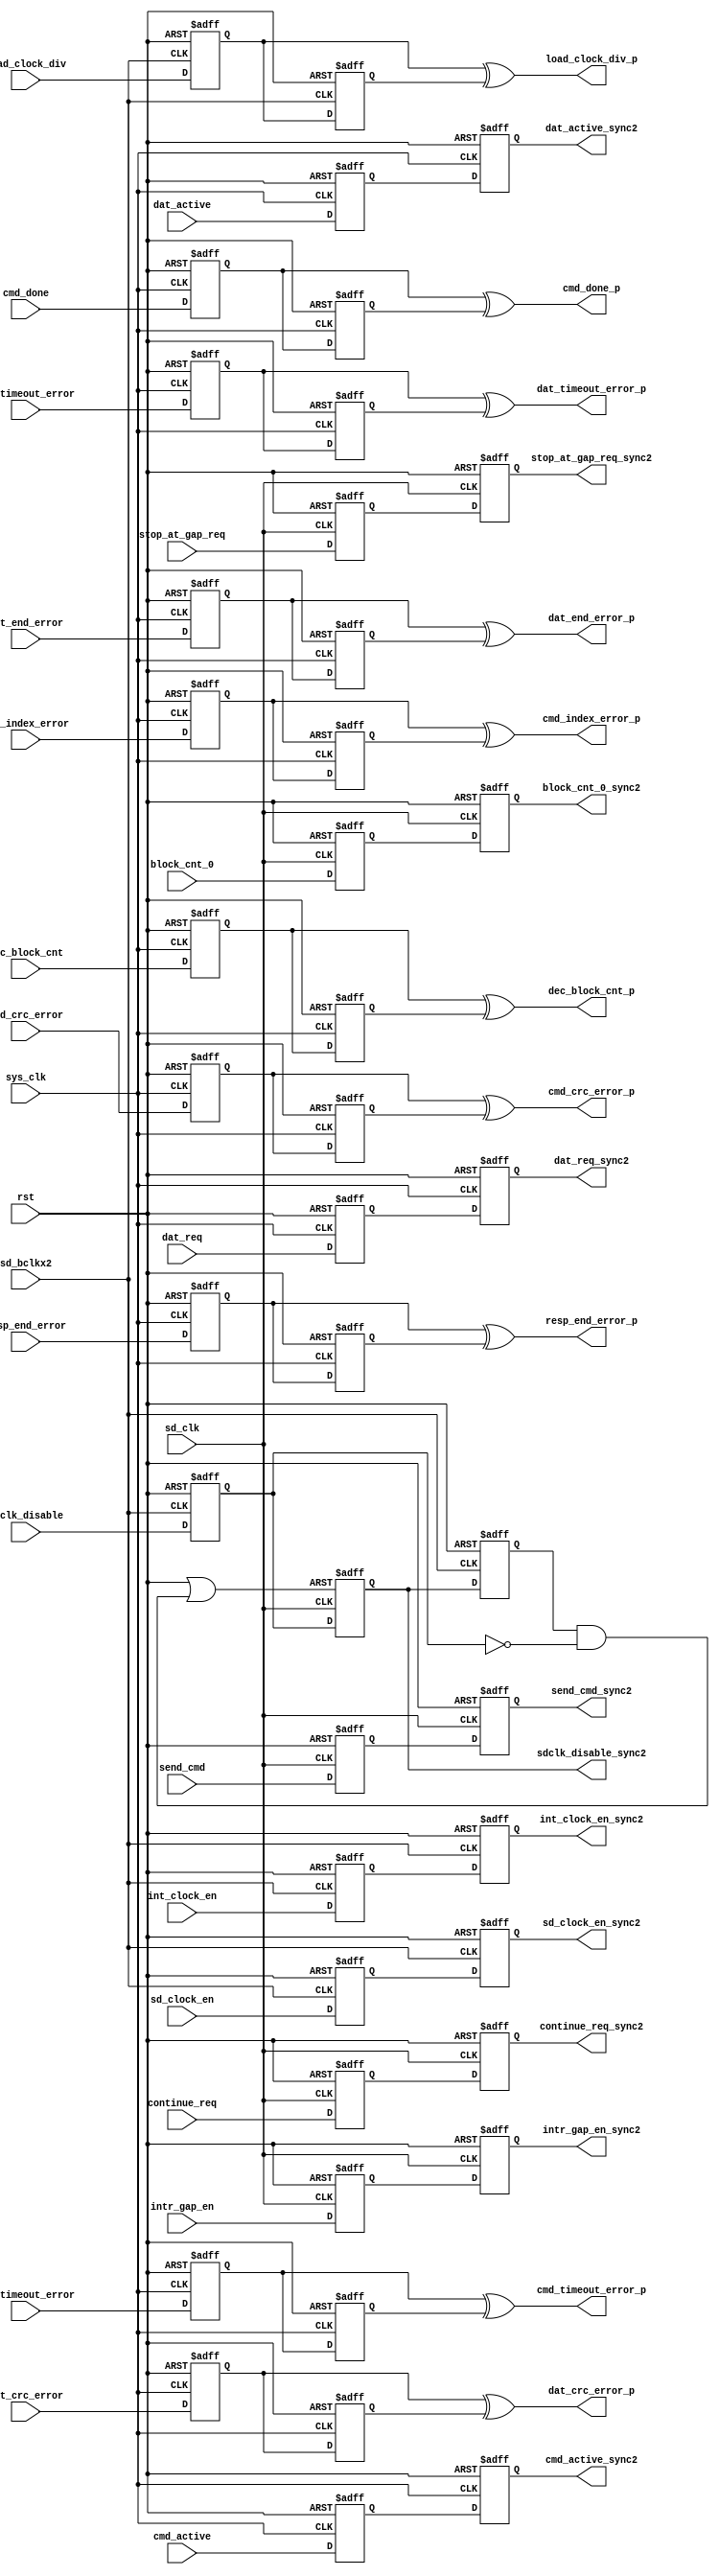
///////////////////////////////////////////////////////////////////////////////
//
//
// Copyright (C) 2007, Licensed customers of QuickLogic may copy or modify
// this file for use in designing QuickLogic devices only.
//
// Module Name:  e_sync
// 
// Version 1.0   April  1, 2006  -Original
// Version 1.1   Feb.   7, 2007  -Added 16 bit support
// Version 1.2   May.   14,2007  -Fixed cmd to cmd delay
//                               -SDIO power on switch clock line level
//                               -Used latched signal for datline0
//                               -Optimized to use fifo controllers
//                               -Modified to use one RAMBLOCK instead of two
//
///////////////////////////////////////////////////////////////////////////////
`timescale 1ns/1ns

module e_sync(
										rst                    	,
										sys_clk                	,
										sd_clk                 	,
										sd_bclkx2              	,
										send_cmd               	,
										cmd_active             	,
										cmd_done	             	,
										cmd_timeout_error      	,				
										cmd_crc_error          	,		
										resp_end_error         	,
										cmd_index_error        	,
										intr_gap_en             ,
										continue_req            ,
										stop_at_gap_req         ,
                              block_cnt_0             ,
										dat_active             	,
										dat_req                 ,
										dec_block_cnt           ,
										dat_timeout_error      	,
										dat_crc_error          	,
										dat_end_error          	,
										sd_clock_en            	,
										int_clock_en           	,
										load_clock_div         	,
                              sdclk_disable           ,
										send_cmd_sync2         	,
										cmd_active_sync2				,
										cmd_done_p	       	,
										cmd_timeout_error_p	,
										cmd_crc_error_p    	,		
										resp_end_error_p   	,		
										cmd_index_error_p  	,
										intr_gap_en_sync2             ,
										continue_req_sync2            ,
										stop_at_gap_req_sync2         ,
                              block_cnt_0_sync2       ,
										dat_active_sync2       	,
										dec_block_cnt_p			,
										dat_req_sync2           ,
										dat_timeout_error_p	, 
										dat_crc_error_p    	,
										dat_end_error_p    	,
										sd_clock_en_sync2      	,
										int_clock_en_sync2     	,
										load_clock_div_p      ,
                              sdclk_disable_sync2
									);

   input                  rst                     ;       
   input                  sys_clk                 ;       
   input                  sd_clk                  ;       
   input                  sd_bclkx2               ;       
   input                  send_cmd                ;       
   input                  cmd_active              ;       
   input                  cmd_done                ;       
   input                  cmd_timeout_error       ;       
   input                  cmd_crc_error           ;       
   input                  resp_end_error          ;       
   input                  cmd_index_error         ;       
   input                  intr_gap_en             ;
   input                  continue_req            ;
   input                  stop_at_gap_req         ;
   input                  block_cnt_0             ;       
   input                  dat_active              ;  
   input                  dat_req                 ;     
   input                  dec_block_cnt           ;
   input                  dat_timeout_error       ;       
   input                  dat_crc_error           ;       
   input                  dat_end_error           ;       
   input                  sd_clock_en             ;       
   input                  int_clock_en            ;       
   input                  load_clock_div          ;       
   input                  sdclk_disable           ;
   output                 send_cmd_sync2          ; //sys_clk -> sd_clk      
   output                 cmd_active_sync2        ; //sd_clk -> sys_clk   
   output                 cmd_done_p              ; //sd_clk -> sys_clk         
   output                 cmd_timeout_error_p  ;    //sd_clk -> sys_clk      
   output                 cmd_crc_error_p      ;    //sd_clk -> sys_clk      
   output                 resp_end_error_p     ;    //sd_clk -> sys_clk      
   output                 cmd_index_error_p    ;    //sd_clk -> sys_clk      
   output                 intr_gap_en_sync2          ; //sys_clk -> sd_clk
   output                 continue_req_sync2         ; //sys_clk -> sd_clk
   output                 stop_at_gap_req_sync2      ; //sys_clk -> sd_clk
   output                 block_cnt_0_sync2          ; //sys_clk -> sd_clk      
   output                 dat_active_sync2        ; //sd_clk -> sys_clk      
   output                 dec_block_cnt_p         ; //sd_clk -> sys_clk      
   output                 dat_req_sync2           ; //sd_clk -> sys_clk
   output                 dat_timeout_error_p  ;    //sd_clk -> sys_clk      
   output                 dat_crc_error_p      ;    //sd_clk -> sys_clk      
   output                 dat_end_error_p      ;    //sd_clk -> sys_clk      
   output                 sd_clock_en_sync2       ; //sys_clk -> sd_bclkx2
   output                 int_clock_en_sync2      ; //sys_clk -> sd_bclkx2      
   output                 load_clock_div_p     ;    //sys_clk -> sd_bclkx2 
   output                 sdclk_disable_sync2  ;    //sd_clk -> sd_bclkx2

   reg                 send_cmd_sync2          ;       
   reg                 cmd_active_sync2           ;    
   reg                 cmd_done_sync2           ;          
   reg                 cmd_timeout_error_sync2  ;          
   reg                 cmd_crc_error_sync2      ;          
   reg                 resp_end_error_sync2     ;          
   reg                 cmd_index_error_sync2    ;          
   reg                 intr_gap_en_sync2           ;
   reg                 continue_req_sync2          ;
   reg                 stop_at_gap_req_sync2       ;
   reg                 block_cnt_0_sync2          ;       
   reg                 dat_active_sync2        ;       
   reg                 dat_req_sync2           ;
   reg                 dec_block_cnt_sync2     ;
   reg                 dat_timeout_error_sync2  ;          
   reg                 dat_crc_error_sync2      ;          
   reg                 dat_end_error_sync2      ;          
   reg                 sd_clock_en_sync2       ;       
   reg                 int_clock_en_sync2      ;       
   reg                 load_clock_div_sync2    ;  
   reg                 sdclk_disable_sync2  ;
   reg                 sdclk_disable_synca  ;
	
   reg                 send_cmd_sync1          ;       
   reg                 cmd_active_sync1           ;    
   reg                 cmd_done_sync1           ;          
   reg                 cmd_timeout_error_sync1  ;          
   reg                 cmd_crc_error_sync1      ;          
   reg                 resp_end_error_sync1     ;          
   reg                 cmd_index_error_sync1    ;          
   reg                 intr_gap_en_sync1           ;
   reg                 continue_req_sync1          ;
   reg                 stop_at_gap_req_sync1       ;
   reg                 block_cnt_0_sync1          ;       
   reg                 dat_active_sync1        ;       
   reg                 dat_req_sync1           ;
   reg                 dec_block_cnt_sync1     ;
   reg                 dat_timeout_error_sync1  ;          
   reg                 dat_crc_error_sync1      ;          
   reg                 dat_end_error_sync1      ;          
   reg                 sd_clock_en_sync1       ;       
   reg                 int_clock_en_sync1      ;       
   reg                 load_clock_div_sync1    ;            
   reg                 sdclk_disable_sync1  ;
   wire				   rst_disable ;	
	
	assign	cmd_timeout_error_p	= cmd_timeout_error_sync1 ^ cmd_timeout_error_sync2;
	assign	cmd_done_p					= cmd_done_sync1 ^ cmd_done_sync2;
	assign	cmd_index_error_p		= cmd_index_error_sync1 ^ cmd_index_error_sync2;
	assign	cmd_crc_error_p			= cmd_crc_error_sync1 ^ cmd_crc_error_sync2;
	assign	dat_timeout_error_p	= dat_timeout_error_sync1 ^ dat_timeout_error_sync2;
	assign	dat_crc_error_p			= dat_crc_error_sync1 ^ dat_crc_error_sync2;
	assign	dat_end_error_p			= dat_end_error_sync1 ^ dat_end_error_sync2;
	assign	resp_end_error_p		= resp_end_error_sync1 ^ resp_end_error_sync2;
    assign  load_clock_div_p    =  load_clock_div_sync1 ^ load_clock_div_sync2;
    assign  dec_block_cnt_p    =  dec_block_cnt_sync1 ^ dec_block_cnt_sync2;
	assign  rst_disable = rst | (sdclk_disable_synca & ~sdclk_disable_sync1);
	
	always@( posedge rst or posedge sys_clk )
	begin
      if(rst)
      begin
			cmd_active_sync1            <= 1'b0;
         cmd_done_sync1              <= 1'b0;
         cmd_timeout_error_sync1     <= 1'b0;
         cmd_crc_error_sync1         <= 1'b0;
         resp_end_error_sync1        <= 1'b0;
         cmd_index_error_sync1       <= 1'b0;
         dat_active_sync1            <= 1'b0;
		 dat_req_sync1               <= 1'b0;
		 dec_block_cnt_sync1         <= 1'b0;
         dat_timeout_error_sync1     <= 1'b0;
         dat_crc_error_sync1         <= 1'b0;
         dat_end_error_sync1         <= 1'b0;
         cmd_active_sync2            <= 1'b0;
         cmd_done_sync2              <= 1'b0;
         cmd_timeout_error_sync2     <= 1'b0;
         cmd_crc_error_sync2         <= 1'b0;
         resp_end_error_sync2        <= 1'b0;
         cmd_index_error_sync2       <= 1'b0;
         dat_active_sync2            <= 1'b0;
		 dat_req_sync2               <= 1'b0;
		 dec_block_cnt_sync2         <= 1'b0;
         dat_timeout_error_sync2     <= 1'b0;
         dat_crc_error_sync2         <= 1'b0;
         dat_end_error_sync2         <= 1'b0;
      end
      else
      begin
			cmd_active_sync1            <= cmd_active             ;
			cmd_done_sync1            	 <= cmd_done              ;
			cmd_timeout_error_sync1     <= cmd_timeout_error      ;
			cmd_crc_error_sync1         <= cmd_crc_error          ;
			resp_end_error_sync1        <= resp_end_error         ;
			cmd_index_error_sync1       <= cmd_index_error        ;
			dat_active_sync1            <= dat_active             ;
			dat_req_sync1               <= dat_req                ;
		    dec_block_cnt_sync1         <= dec_block_cnt          ;
			dat_timeout_error_sync1     <= dat_timeout_error      ;
			dat_crc_error_sync1         <= dat_crc_error          ;
			dat_end_error_sync1         <= dat_end_error          ;
			cmd_active_sync2            <= cmd_active_sync1       ;
			cmd_done_sync2            	 <= cmd_done_sync1        ;
			cmd_timeout_error_sync2     <= cmd_timeout_error_sync1;
			cmd_crc_error_sync2         <= cmd_crc_error_sync1    ;
			resp_end_error_sync2        <= resp_end_error_sync1   ;
			cmd_index_error_sync2       <= cmd_index_error_sync1  ;
			dat_active_sync2            <= dat_active_sync1       ;
			dat_req_sync2               <= dat_req_sync1          ;
		    dec_block_cnt_sync2         <= dec_block_cnt_sync1    ;
			dat_timeout_error_sync2     <= dat_timeout_error_sync1;
			dat_crc_error_sync2         <= dat_crc_error_sync1    ;
			dat_end_error_sync2         <= dat_end_error_sync1    ;
      end
	end

	always@( posedge rst or posedge sd_clk )
	begin
      if(rst)
      begin
         send_cmd_sync1       <= 1'b0;
		 intr_gap_en_sync1    <= 1'b0;
		 continue_req_sync1   <= 1'b0;
		 stop_at_gap_req_sync1 <= 1'b0;
         block_cnt_0_sync1    <= 1'b0;
         send_cmd_sync2       <= 1'b0;
		 intr_gap_en_sync2    <= 1'b0;
		 continue_req_sync2   <= 1'b0;
		 stop_at_gap_req_sync2 <= 1'b0;
         block_cnt_0_sync2    <= 1'b0;
      end
      else
      begin
			send_cmd_sync1   	   <= send_cmd         ;
            intr_gap_en_sync1      <= intr_gap_en    ;
            continue_req_sync1     <= continue_req   ;
            stop_at_gap_req_sync1  <= stop_at_gap_req;
			block_cnt_0_sync1   	<= block_cnt_0         ;
			send_cmd_sync2   	   <= send_cmd_sync1   ;
            intr_gap_en_sync2      <= intr_gap_en_sync1    ;
            continue_req_sync2     <= continue_req_sync1   ;
            stop_at_gap_req_sync2  <= stop_at_gap_req_sync1;
			block_cnt_0_sync2   	<= block_cnt_0_sync1         ;
      end
	end
	
	always@( posedge rst or posedge sd_bclkx2 )
	begin
      if(rst)
      begin
         sd_clock_en_sync1    <= 1'b0;
         int_clock_en_sync1   <= 1'b0;
         load_clock_div_sync1 <= 1'b0;
         sdclk_disable_sync1  <= 1'b0;
         sd_clock_en_sync2    <= 1'b0;
         int_clock_en_sync2   <= 1'b0;
         load_clock_div_sync2 <= 1'b0;
         sdclk_disable_synca  <= 1'b0;
      end
      else
      begin
			sd_clock_en_sync1   	<= sd_clock_en         ;
			int_clock_en_sync1  	<= int_clock_en        ;
			load_clock_div_sync1	<= load_clock_div      ;
         sdclk_disable_sync1  <= sdclk_disable        ;
			sd_clock_en_sync2   	<= sd_clock_en_sync1   ;
			int_clock_en_sync2  	<= int_clock_en_sync1  ;
			load_clock_div_sync2	<= load_clock_div_sync1;
         sdclk_disable_synca  <= sdclk_disable_sync2  ;
      end
	end

	always@( posedge rst_disable or posedge sd_clk )
	begin
      if(rst_disable)
      begin
         sdclk_disable_sync2  <= 1'b0;
      end
      else
      begin
         sdclk_disable_sync2  <= sdclk_disable_sync1;
      end
	end
endmodule